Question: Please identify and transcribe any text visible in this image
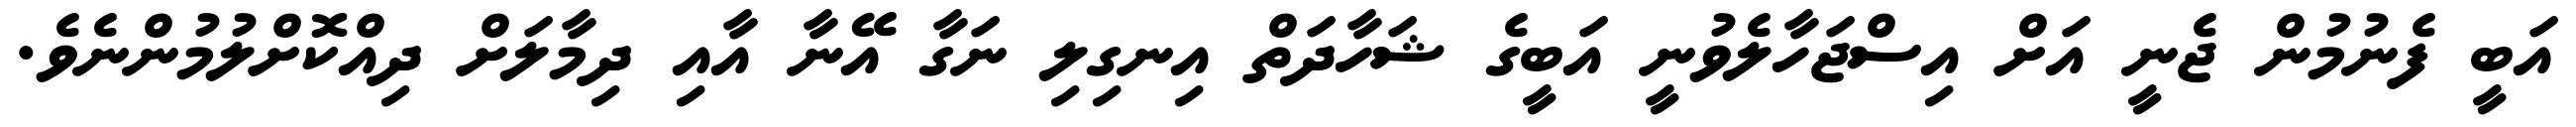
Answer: އަބީ ފެނުމުން ޖެނީ އަށް އިސްޖަހާލެވުނީ އަބީގެ ޝަހާދަތް އިނގިލި ނަގާ އޭނާ އާއި ދިމާލަށް ދިއްކޮށްލުމުންނެވެ.